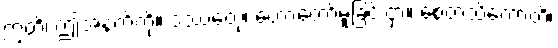
ဣတိ၊ ဤအနက်ကို။ ဒဿေတုံ၊ ဟောတော်မူခြင်းငှာ။ စေတသိကောတိ၊